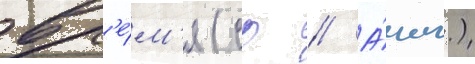
вр'е́м'я (ср // А́нгл.)